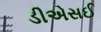
ડીએસઈ